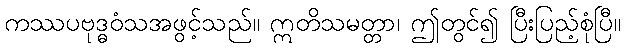
ကဿပဗုဒ္ဓဝံသအဖွင့်သည်။ ဣတိသမတ္တာ၊ ဤတွင်၍ ပြီးပြည့်စုံပြီ။